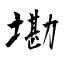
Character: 墈